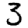
Digit: 3